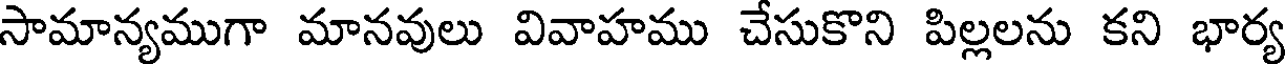
సామాన్యముగా మానవులు వివాహము చేసుకొని పిల్లలను కని భార్య